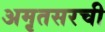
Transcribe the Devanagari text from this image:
अमृतसरची